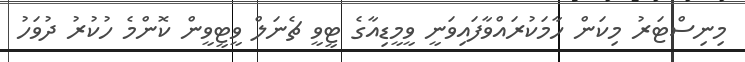
މިނިސްޓަރު މިކަން ހާމަކުރައްވާފައިވަނީ ވީމީޑިއާގެ ޓީވީ ޗެނަލް ވީޓީވީން ކޮންމެ ހުކުރު ދުވަހު